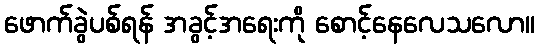
ဖောက်ခွဲပစ်ရန် အခွင့်အရေးကို စောင့်နေလေသလော။